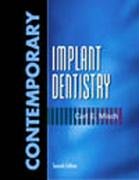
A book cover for Contemporary Implant Dentistry, 2e; Carl E. Misch; Medical Books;